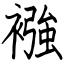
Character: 襁